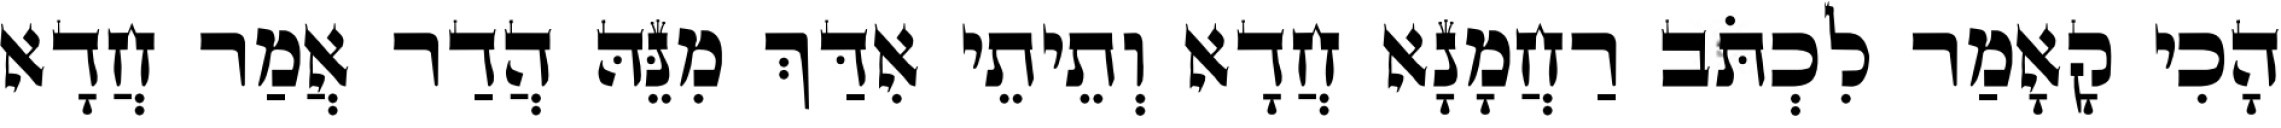
הָכִי קָאָמַר לִכְתֹּב רַחֲמָנָא חֲדָא וְתֵיתֵי אִדַּךְ מִנֵּהּ הֲדַר אֲמַר חֲדָא